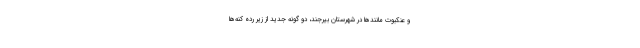
و عنکبوت مانندها در شهرستان بیرجند، دو گونه جدید از زیر رده کنه‌ها